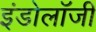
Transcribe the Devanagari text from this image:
इंडोलॉजी